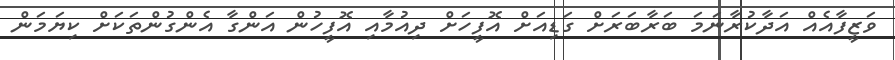
ވަޒީފާއެއް އަދާކުރާނަމަ ބަރާބަރަށް ގަޑިއަށް އޮފީހަށް ދިއުމާއި އޮފީހުން އަންގާ އެންގުންތަކަށް ކިޔަމަން